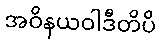
အဝိနယဝါဒီတိပိ